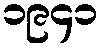
၁၉၄၁